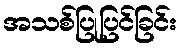
အသစ်ပြုပြင်ခြင်း